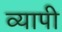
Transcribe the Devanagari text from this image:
व्‍यापी